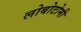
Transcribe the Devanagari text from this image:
लोबोटोमी